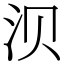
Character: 𬇙